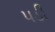
૫ડી